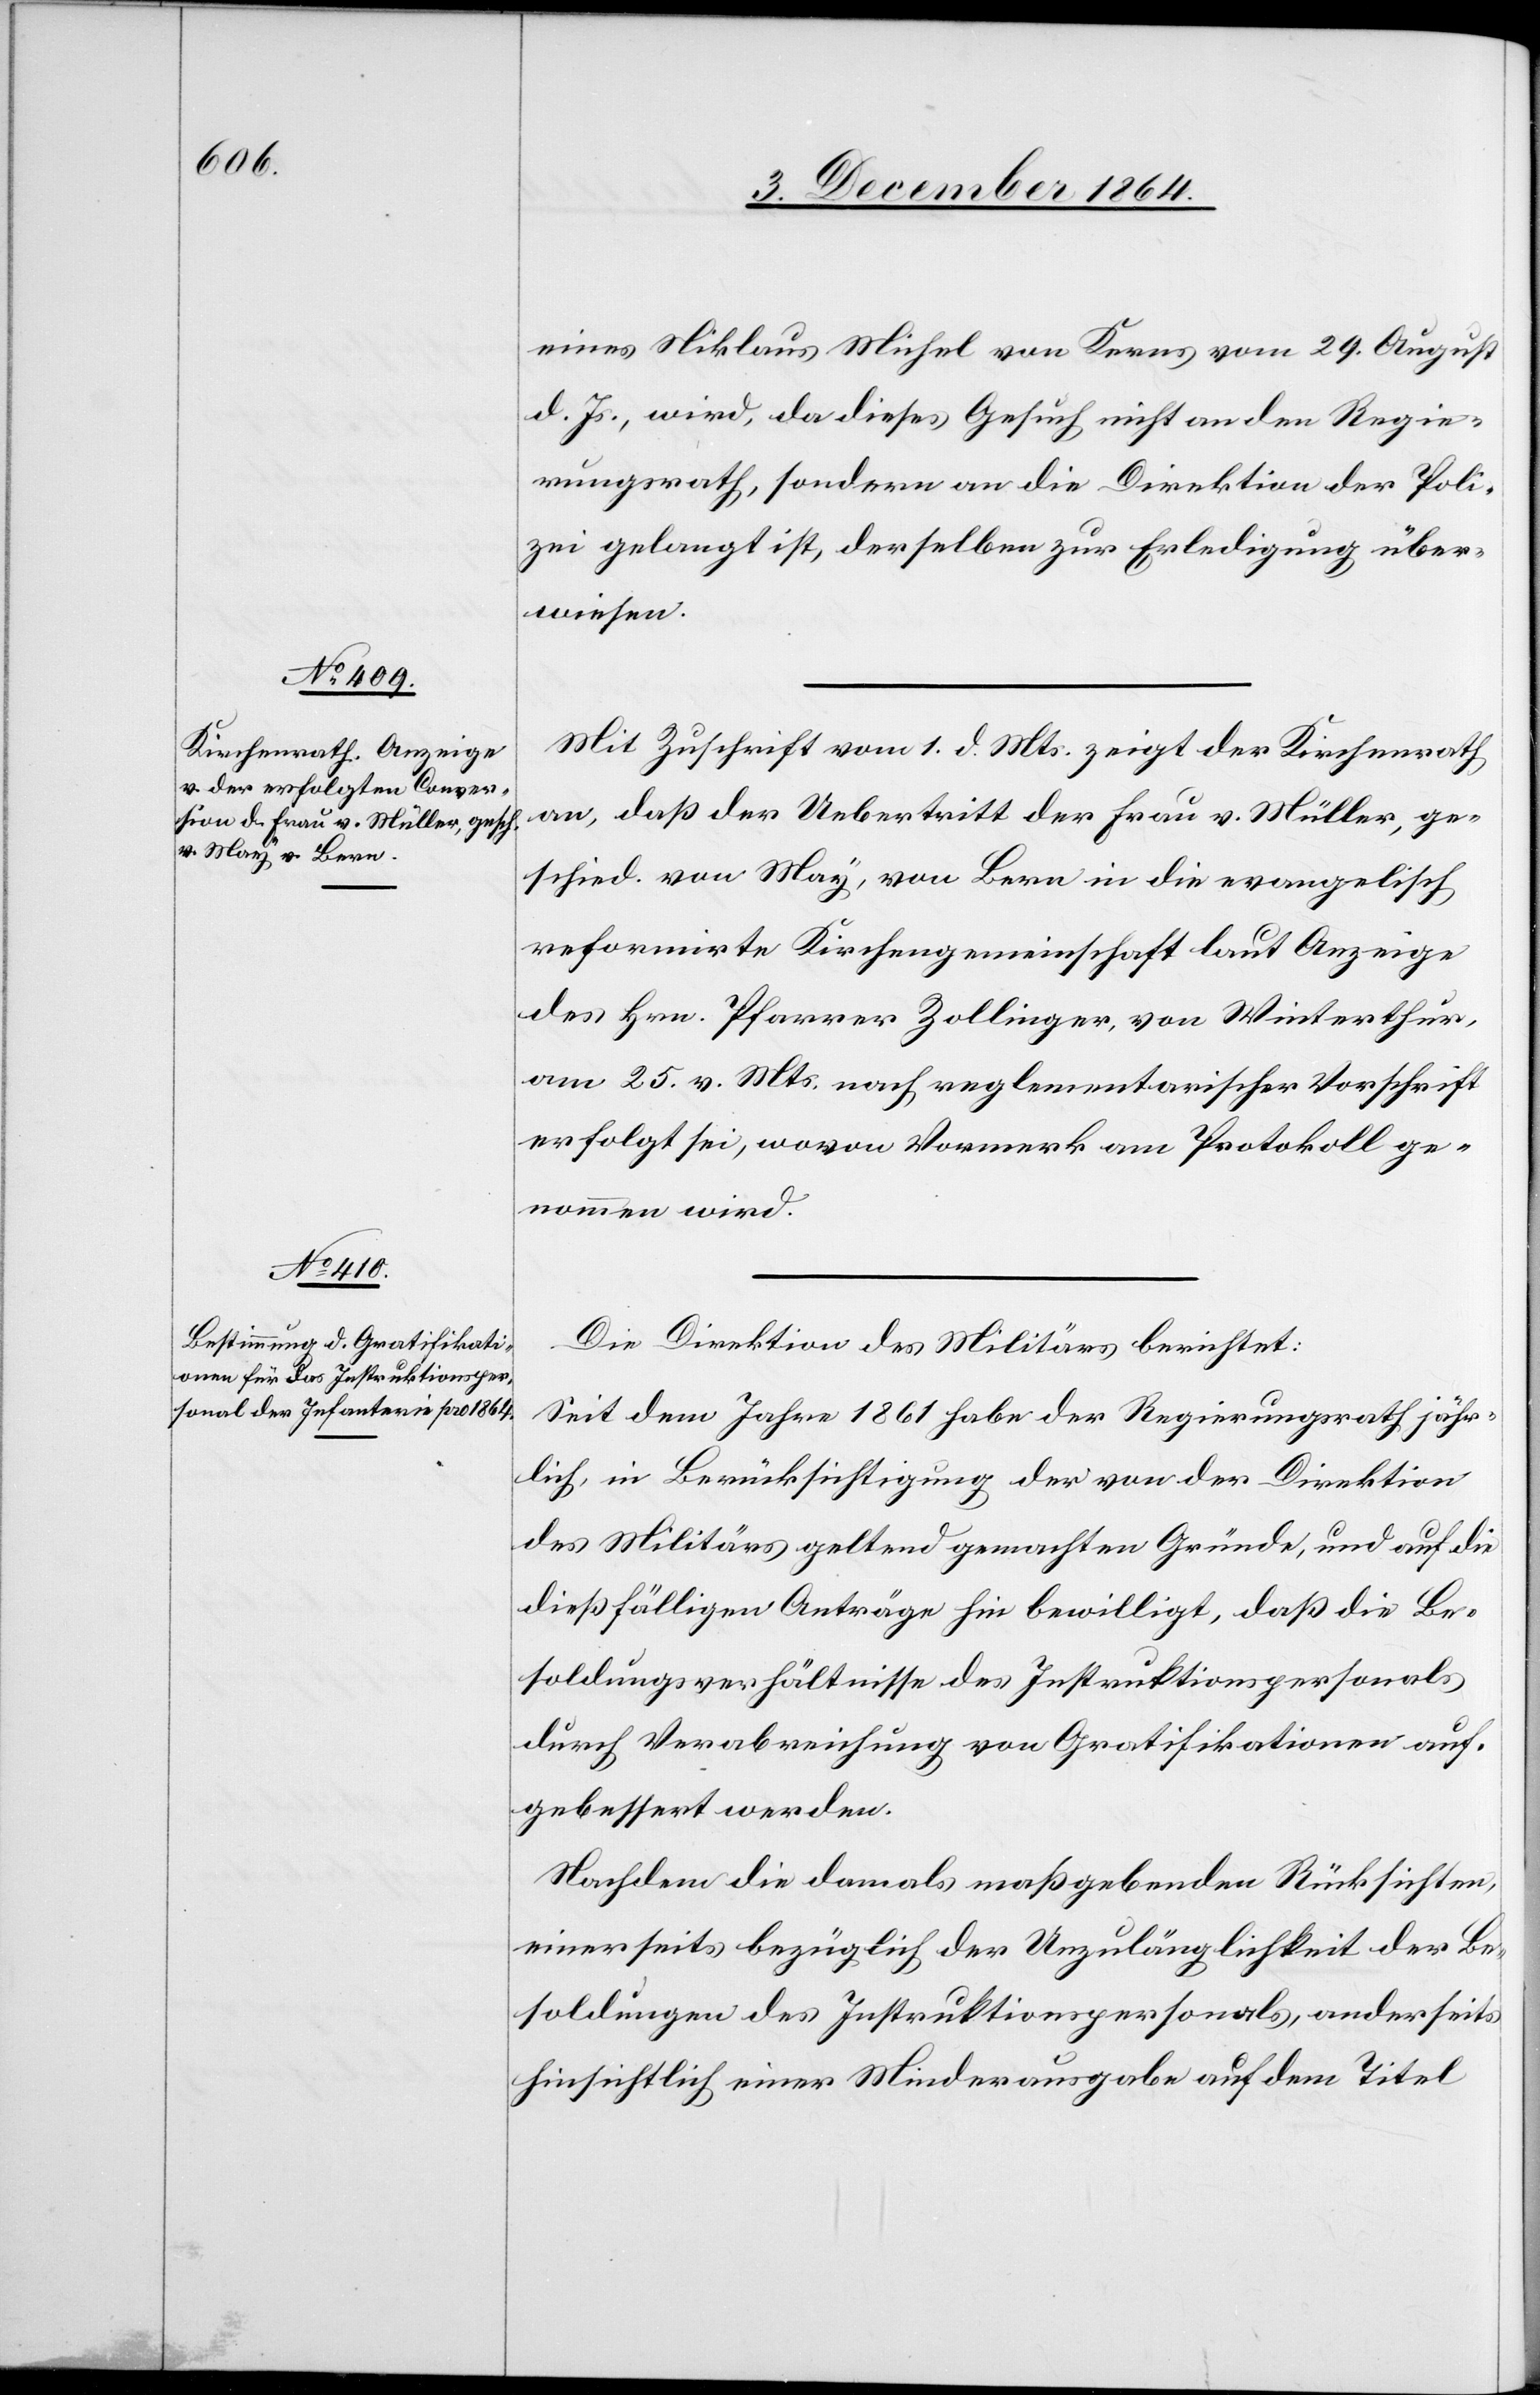
eines Niklaus Michel von Kerns vom 29. August
d. Js., wird, da dieses Gesuch nicht an den Regie¬
rungsrath, sondern an die Direktion der Finan¬
zen gelangt ist, derselben zur Erledigung über¬
wiesen.
Mit Zuschrift vom 1. d. Mts. zeigt der Kirchenrath
an, daß der Uebertritt der Frau v. Müller, ge¬
schied. von May, von Bern in die evangelisch
reformirte Kirchengemeinschaft laut Anzeige
des Hrn. Pfarrer Zollinger, von Winterthur,
am 25. v. Mts. nach reglementarischer Vorschrift
erfolgt sei, wovon Vormerk am Protokoll ge¬
nommen wird.
Die Direktion des Militärs berichtet:
Seit dem Jahre 1861 habe der Regierungsrath jähr¬
lich in Berücksichtigung der von der Direktion
des Militärs geltend gemachten Gründe, und auf die
dießfälligen Anträge hin bewilligt, daß die Be¬
soldungsverhältnisse des Instruktionspersonals
durch Verabreichung von Gratifikationen auf¬
gebessert werden.
Nachdem die damals maßgebenden Rücksichten,
einerseits bezüglich der Unzulänglichkeit der Be¬
soldungen des Instruktionspersonals, anderseits
hinsichtlich einer Minderausgabe auf dem Titel